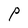
Character: P